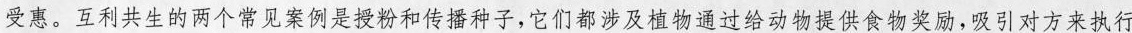
受惠。互利共生的两个常见案例是授粉和传播种子，它们都涉及植物通过给动物提供食物奖励，吸引对方来执行